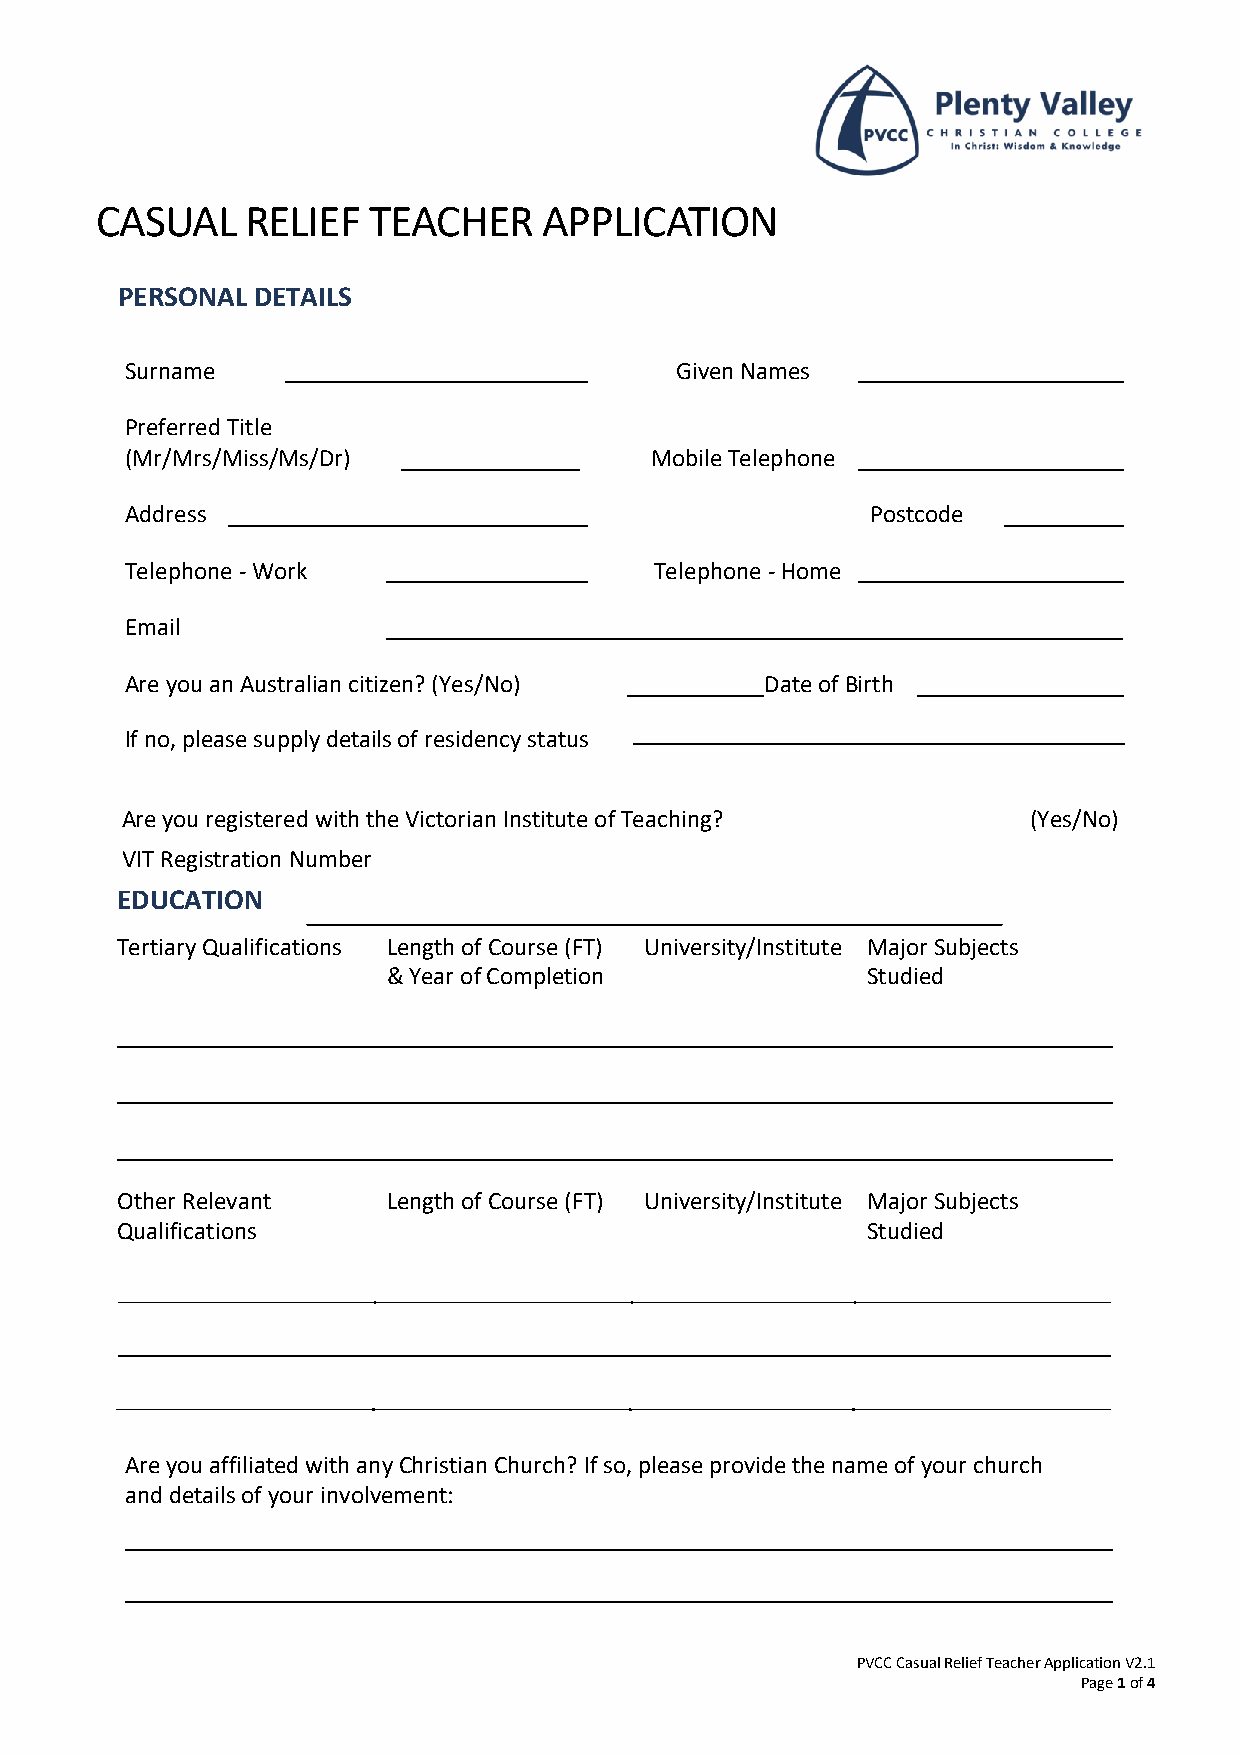
CASUAL    RELIEF  TEACHER     APPLICATION
 PERSONAL DETAILS
 Surname                              Given Names
 Preferred Title
 (Mr/Mrs/Miss/Ms/Dr)         ___    Mobile Telephone
 Address                                           Postcode
 Telephone - Work                   Telephone - Home
 Email
 Are you an Australian citizen? (Yes/No)    Date of Birth
 If no, please supply details of residency status
 Are you registered with the Victorian Institute of Teaching? (Yes/No)
 VIT Registration Number
 EDUCATION
 Tertiary Qualifications Length of Course (FT) University/Institute Major Subjects
 & Year of Completion           Studied
 Other Relevant    Length of Course (FT) University/Institute Major Subjects
 Qualifications                                   Studied
 Are you affiliated with any Christian Church? If so, please provide the name of your church
 and details of your involvement:
 PVCC Casual Relief Teacher Application V2.1
 Page 1 of 4